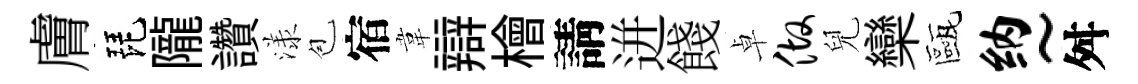
膚琵隴讚漾苞宿韋辯檜請迸餞卓做兒欒甌纳~舛